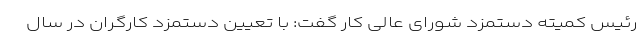
رئیس کمیته دستمزد شورای عالی کار گفت: با تعیین دستمزد کارگران در سال